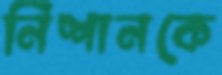
নিশানকে